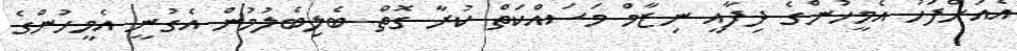
އެއަށްފަހު އެމީހުންގެ ދިފާއީ ނިޒާމް މަސައްކަތް ކުރާ ގޮތް ބެލިބެލުމުން އެގުނީ އެމީހުންގެ